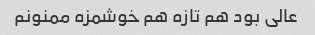
عالی بود هم تازه هم خوشمزه ممنونم